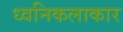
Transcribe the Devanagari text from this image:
ध्वनिकलाकार